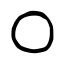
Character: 〇